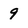
Character: 9